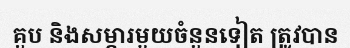
គួប និងសម្ភារមួយចំនួនទៀត ត្រូវបាន